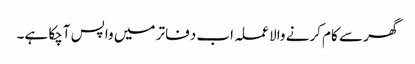
گھر سے کام کرنے والا عملہ اب دفاتر میں واپس آچکا ہے۔